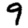
Digit: 9